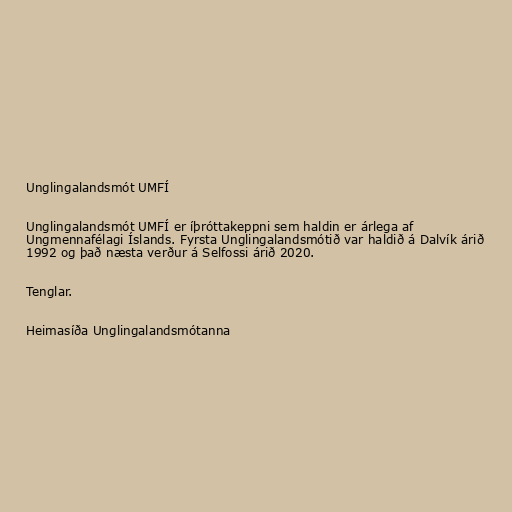
Unglingalandsmót UMFÍ

Unglingalandsmót UMFÍ er íþróttakeppni sem haldin er árlega af
Ungmennafélagi Íslands. Fyrsta Unglingalandsmótið var haldið á Dalvík árið
1992 og það næsta verður á Selfossi árið 2020.

Tenglar.

Heimasíða Unglingalandsmótanna